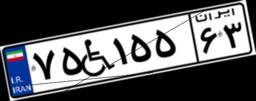
۳۱W۸۳۴۰۷